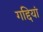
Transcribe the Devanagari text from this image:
गद्दियां